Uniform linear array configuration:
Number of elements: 24
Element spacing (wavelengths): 1
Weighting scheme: uniform
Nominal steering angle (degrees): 15
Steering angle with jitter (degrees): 16.688
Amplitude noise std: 0.05
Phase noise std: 0.05

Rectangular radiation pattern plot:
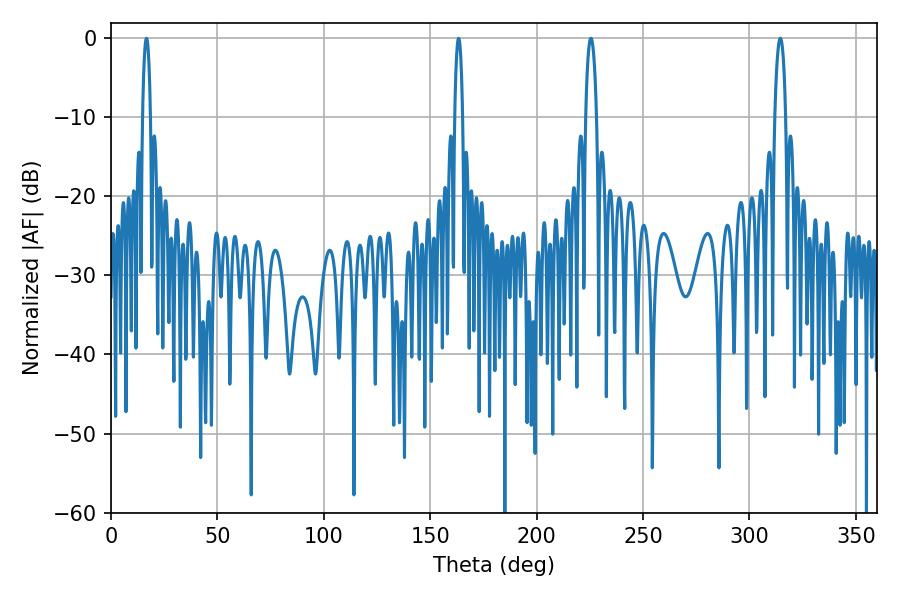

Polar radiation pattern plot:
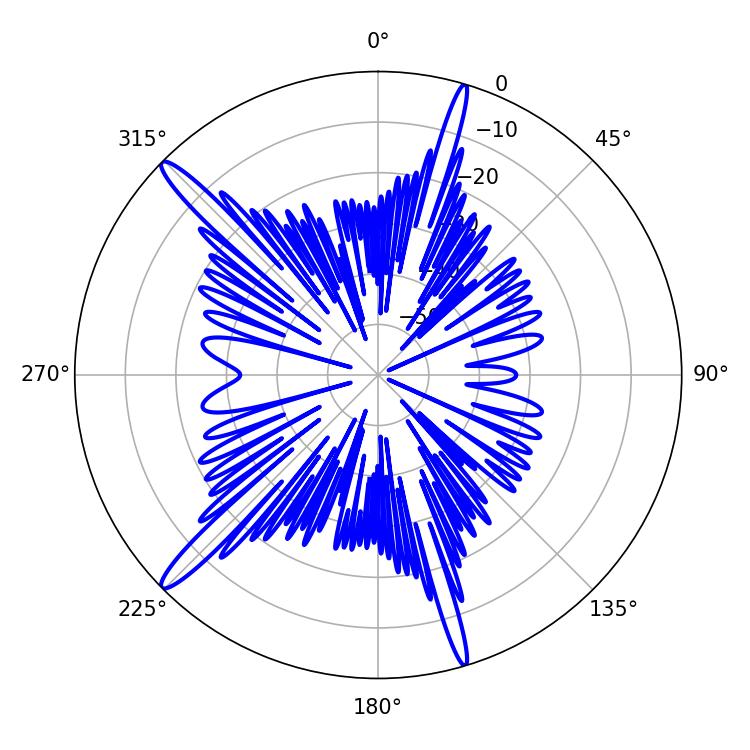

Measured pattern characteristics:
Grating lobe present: TRUE
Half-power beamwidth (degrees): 2.88
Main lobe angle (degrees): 314.46